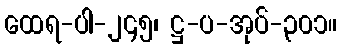
ထေရ-ပါ-၂၄၅၊ ဋ္ဌ-ပ-အုပ်-၃၀၁။